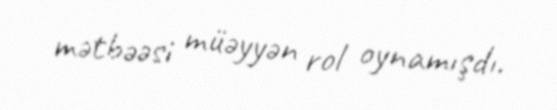
mətbəəsi müəyyən rol oynamışdı.